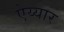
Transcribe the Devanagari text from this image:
ऐय्यार